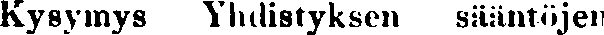
Kysymys Yhdistyksen sääntöjen